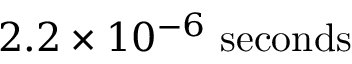
2 . 2 \times 1 0 ^ { - 6 } \ \mathrm { s e c o n d s }